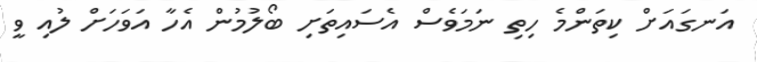
އަނގައަށް ކިތަންމެ ހިތި ނަމަވެސް އެސައިތަށި ބޯލުމުން އެހާ އަވަހަށް ލުއި ވީ